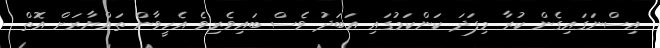
އިސްނަގައިގެން ކުރާ މިފަދަ ކަންކަމުގައި އަބަދު ވެސް ބައިވެރިވެ އެހީވާން ތައްޔާރަށް އޮތް